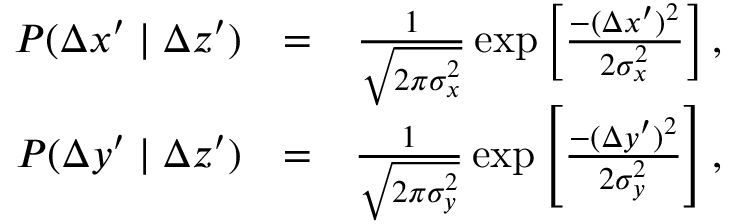
\begin{array} { r l r } { P ( \Delta x ^ { \prime } \mid \Delta z ^ { \prime } ) } & { = } & { \frac { 1 } { \sqrt { 2 \pi \sigma _ { x } ^ { 2 } } } \exp \left[ \frac { - ( \Delta x ^ { \prime } ) ^ { 2 } } { 2 \sigma _ { x } ^ { 2 } } \right] , } \\ { P ( \Delta y ^ { \prime } \mid \Delta z ^ { \prime } ) } & { = } & { \frac { 1 } { \sqrt { 2 \pi \sigma _ { y } ^ { 2 } } } \exp \left[ \frac { - ( \Delta y ^ { \prime } ) ^ { 2 } } { 2 \sigma _ { y } ^ { 2 } } \right] , } \end{array}